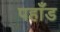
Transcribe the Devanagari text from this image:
पहाँड